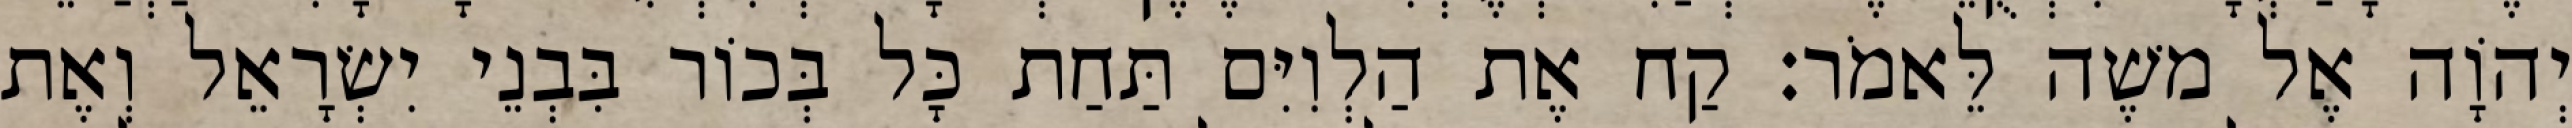
יְהוָֹה אֶל משֶׁה לֵּאמֹר׃ קַח אֶת הַלְוִיִּם תַּחַת כָּל בְּכוֹר בִּבְנֵי יִשְׂרָאֵל וְאֶת